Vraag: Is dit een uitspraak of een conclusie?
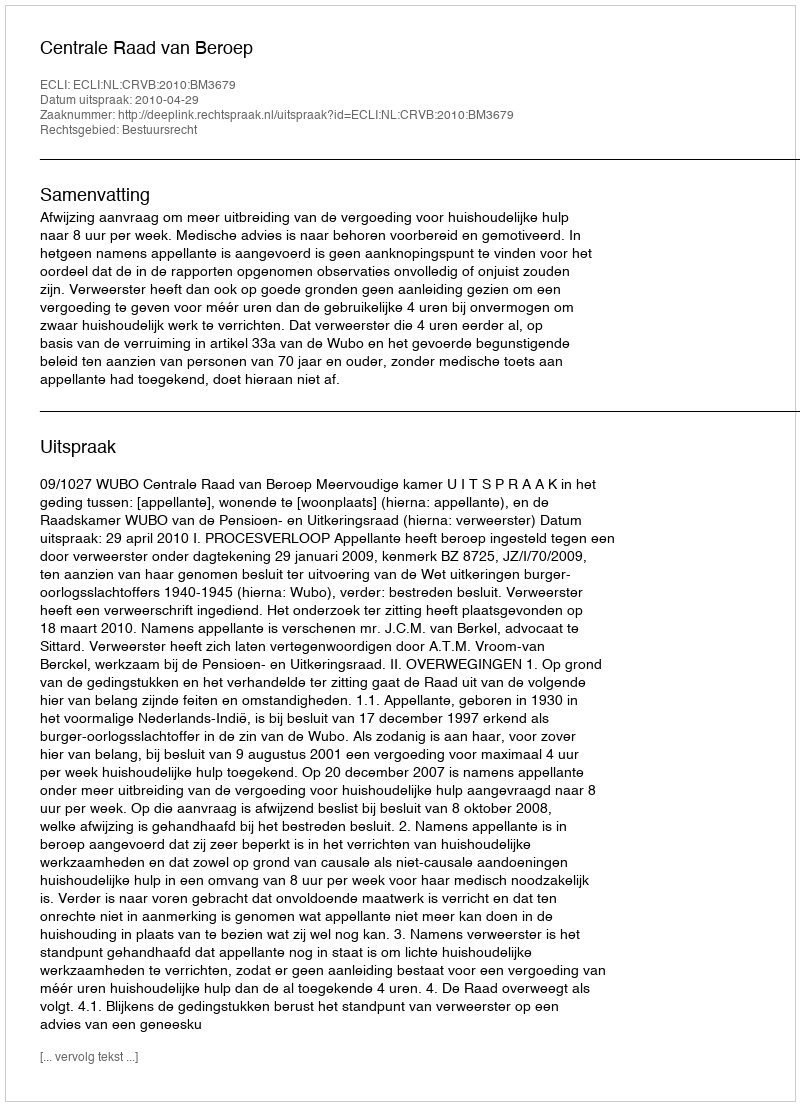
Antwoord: Uitspraak